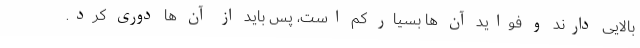
بالایی دارند و فواید آن ها بسیار کم است، پس باید از آن ها دوری کرد.